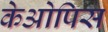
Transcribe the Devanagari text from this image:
केओपिस